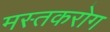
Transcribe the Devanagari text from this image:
मस्तकरोग